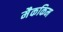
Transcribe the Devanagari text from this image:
मैककिम